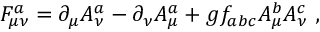
F _ { \mu \nu } ^ { a } = \partial _ { \mu } A _ { \nu } ^ { a } - \partial _ { \nu } A _ { \mu } ^ { a } + g f _ { a b c } A _ { \mu } ^ { b } A _ { \nu } ^ { c } \, \, ,